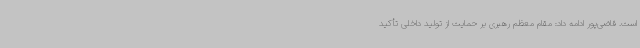
است. قاضی‌پور ادامه داد: مقام معظم رهبری بر حمایت از تولید داخلی تأکید